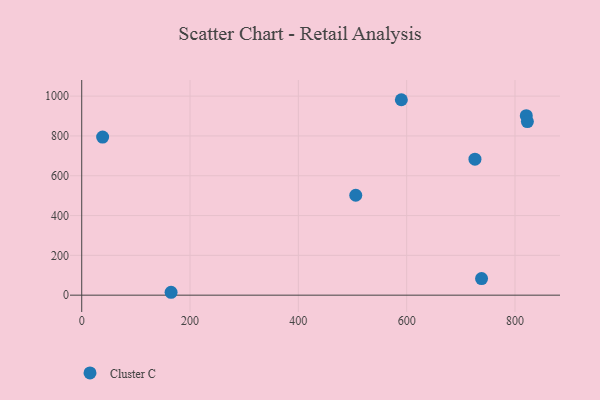
{"axis": {"x": "Ad Spend", "y": "Sales"}, "legend": ["Cluster C"], "data": [{"x": "820.9", "y": 901.7, "type": "Cluster C"}, {"x": "38.6", "y": 794.4, "type": "Cluster C"}, {"x": "822.9", "y": 872.0, "type": "Cluster C"}, {"x": "590.2", "y": 981.9, "type": "Cluster C"}, {"x": "726.1", "y": 683.0, "type": "Cluster C"}, {"x": "506.0", "y": 501.9, "type": "Cluster C"}, {"x": "738.3", "y": 83.2, "type": "Cluster C"}, {"x": "165.0", "y": 14.5, "type": "Cluster C"}]}